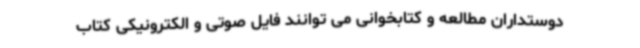
دوستداران مطالعه و کتابخوانی می توانند فایل صوتی و الکترونیکی کتاب